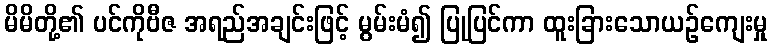
မိမိတို့၏ ပင်ကိုဗီဇ အရည်အချင်းဖြင့် မွမ်းမံ၍ ပြုပြင်ကာ ထူးခြားသောယဉ်ကျေးမှု